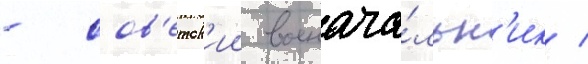
- сов'етск'ии военача́льн'ик /